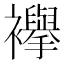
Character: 襷